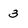
Character: 3